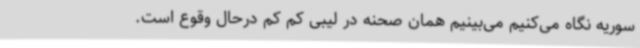
سوریه نگاه می‌کنیم می‌بینیم همان صحنه در لیبی کم کم درحال وقوع است.